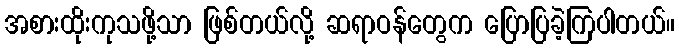
အစားထိုးကုသဖို့သာ ဖြစ်တယ်လို့ ဆရာဝန်တွေက ပြောပြခဲ့ကြပါတယ်။